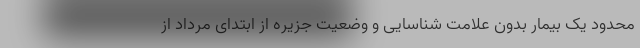
محدود یک بیمار بدون علامت شناسایی و وضعیت جزیره از ابتدای مرداد از